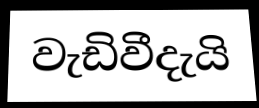
වැඩිවීදැයි